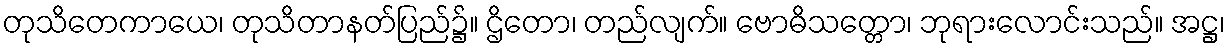
တုသိတေကာယေ၊ တုသိတာနတ်ပြည်၌။ ဌိတော၊ တည်လျက်။ ဗောဓိသတ္တော၊ ဘုရားလောင်းသည်။ အဋ္ဌ၊